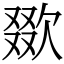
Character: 欼